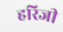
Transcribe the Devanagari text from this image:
हरिजी